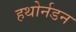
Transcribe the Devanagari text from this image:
हथोर्नडन